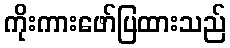
ကိုးကားဖော်ပြထားသည်